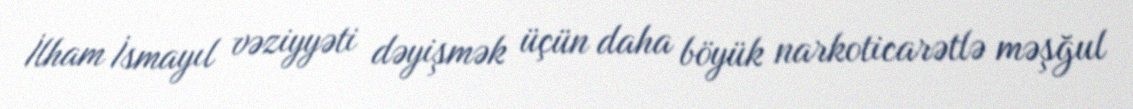
İlham İsmayıl vəziyyəti dəyişmək üçün daha böyük narkoticarətlə məşğul